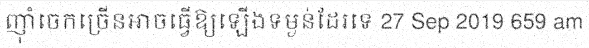
ញ៉ាំចេកច្រើនអាចធ្វើឱ្យឡើងទម្ងន់ដែរទេ 27 Sep 2019 659 am